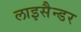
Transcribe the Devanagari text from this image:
लाइसैन्डर